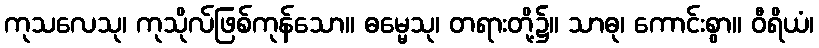
ကုသလေသု၊ ကုသိုလ်ဖြစ်ကုန်သော။ ဓမ္မေသု၊ တရားတို့၌။ သာဓု၊ ကောင်းစွာ။ ဝီရိယံ၊